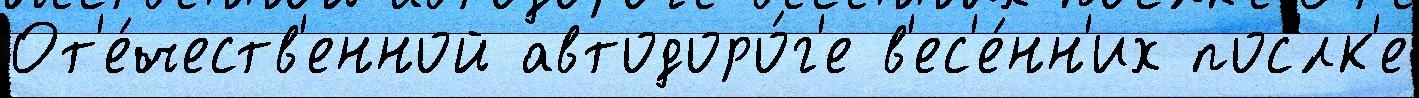
От'е́честв'енной автодоро́г'е в'ес'е́нн'их пос'́лк'е